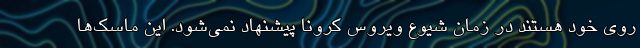
روی خود هستند در زمان شیوع ویروس کرونا پیشنهاد نمی‌شود. این ماسک‌ها